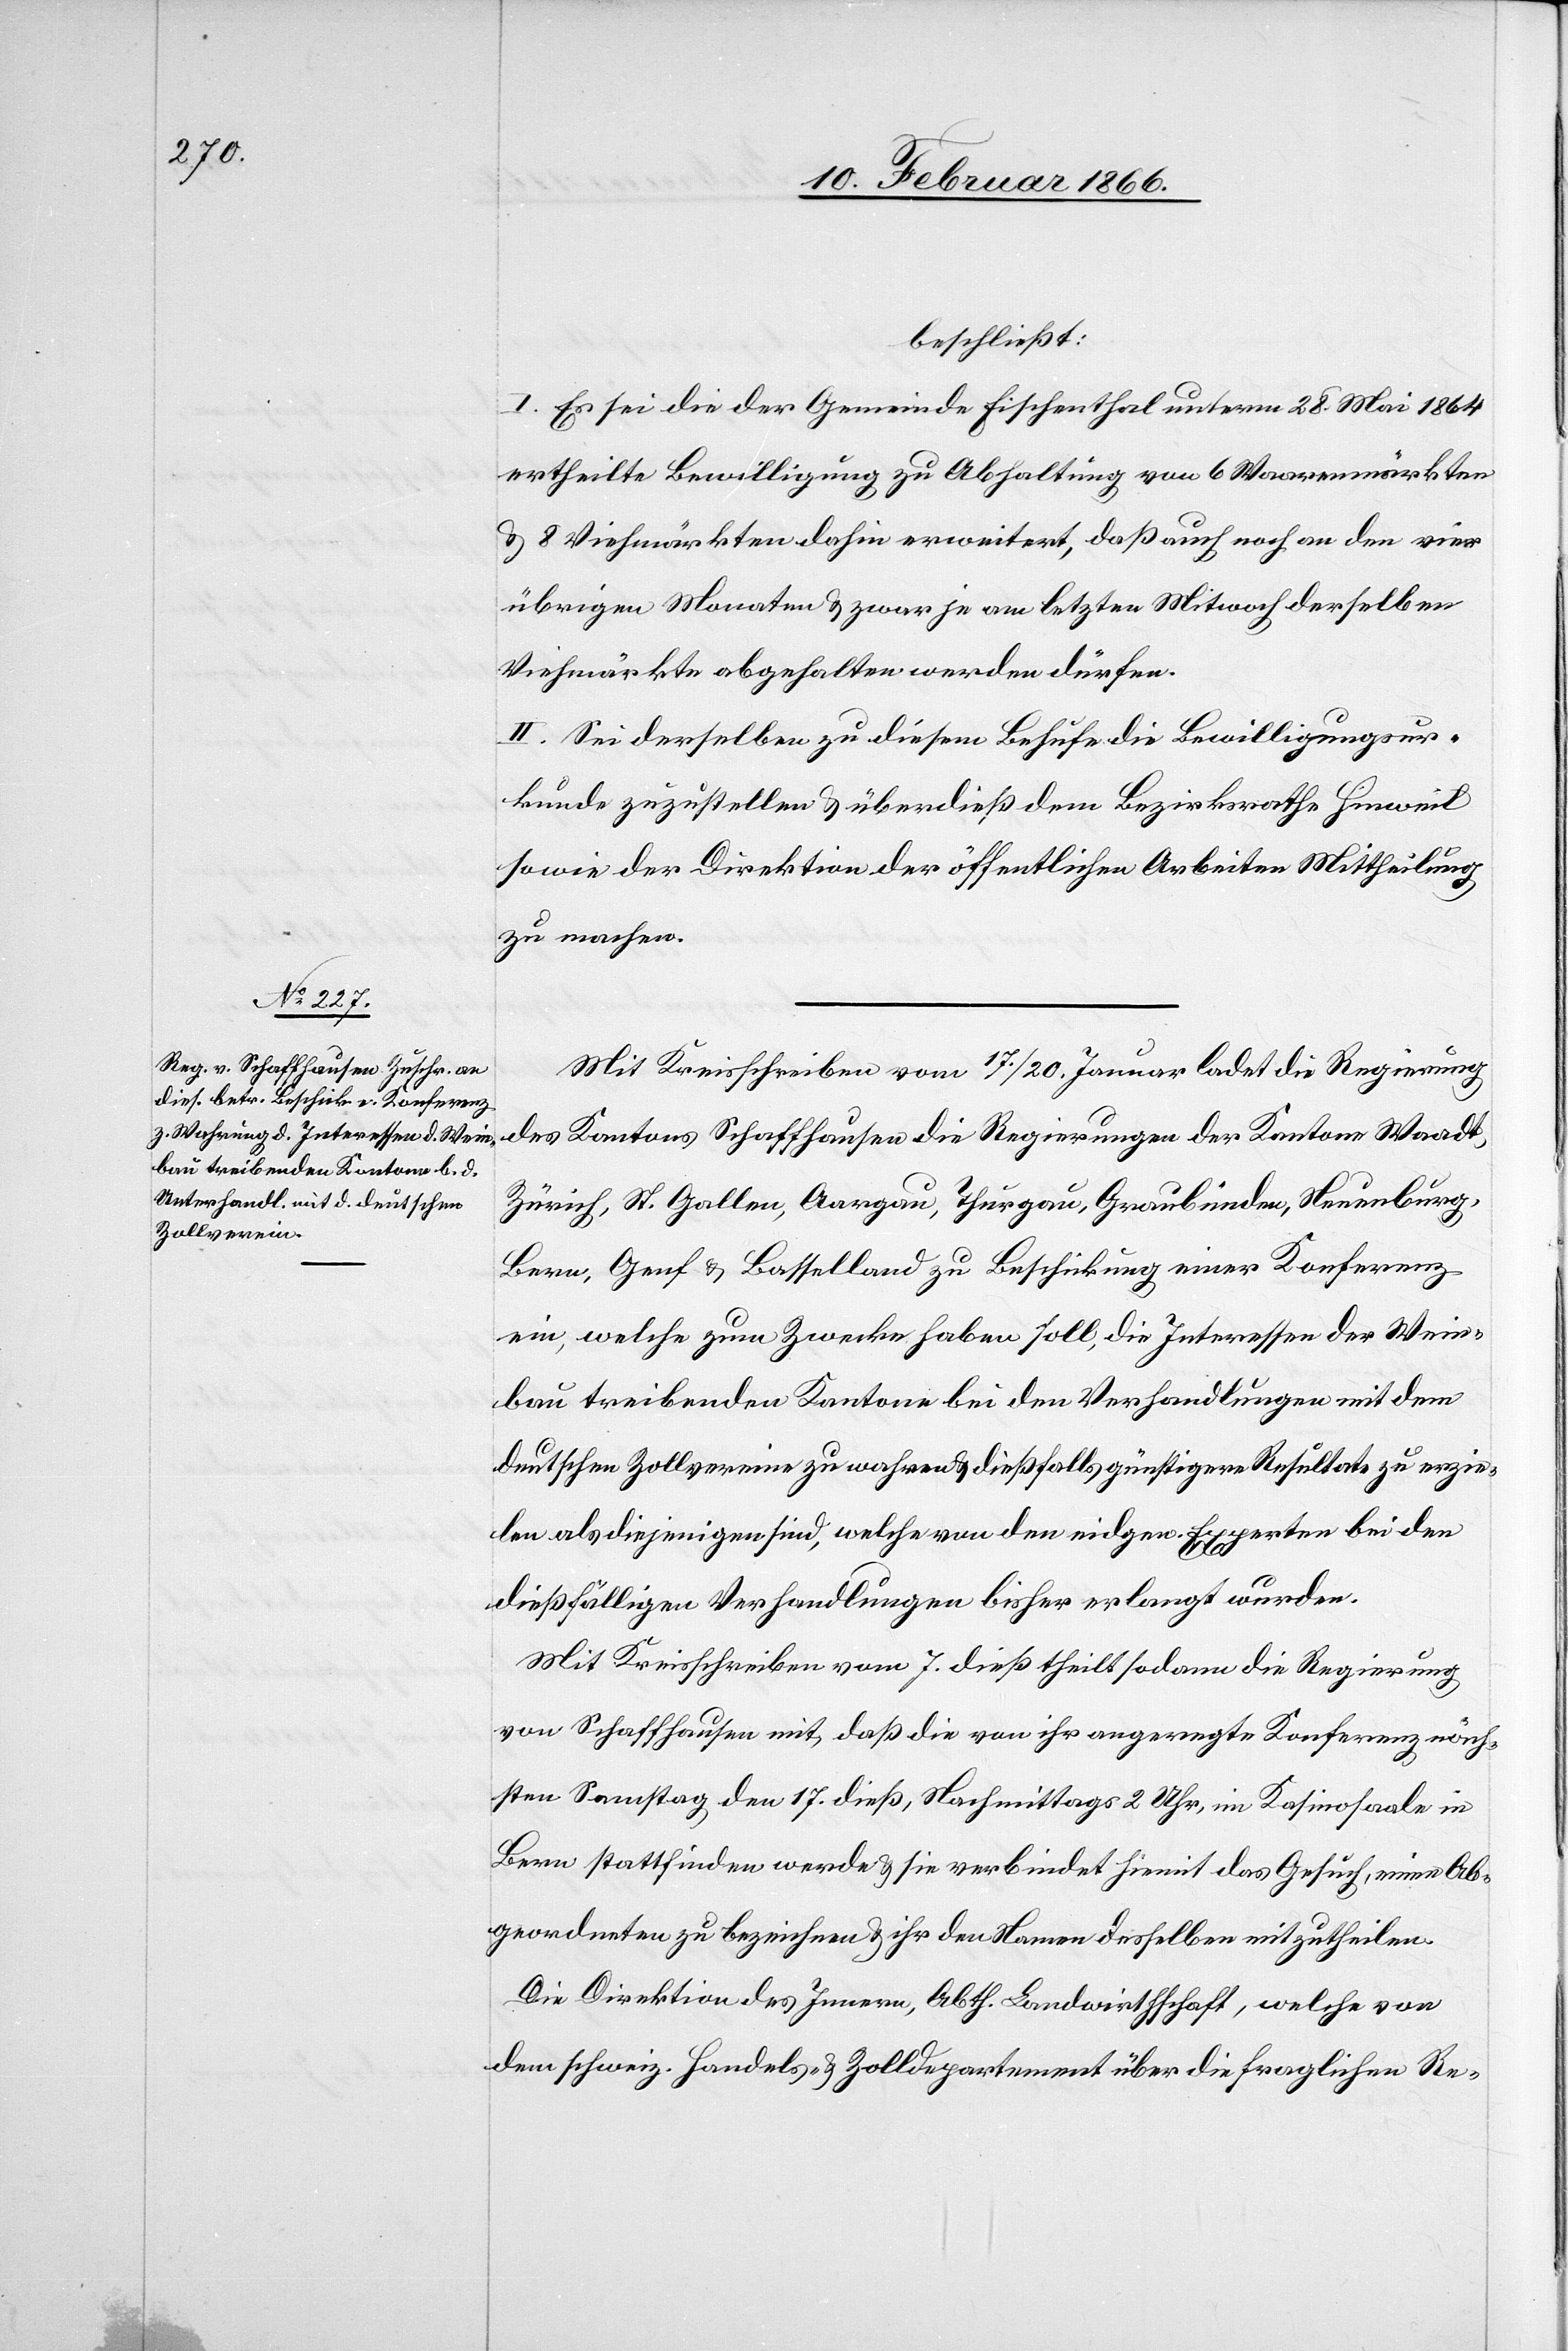
beschließt:
I. Es sei die der Gemeinde Fischenthal unterm 28. Mai 1864
ertheilte Bewilligung zu Abhaltung von 6 Waarenmärkten
u. 8 Viehmärkten dahin erweitert, daß auch noch an den vier
übrigen Monaten u. zwar je am letzten Mitwoch derselben
Viehmärkte abgehalten werden dürfen.
II. Sei derselben zu diesem Behufe die Bewilligungsur¬
kunde zuzustellen u. überdieß dem Bezirksrathe Hinweil
sowie der Direktion der öffentlichen Arbeiten Mittheilung
zu machen.
Mit Kreisschreiben vom 17./20. Januar ladet die Regierung
Zürich, St. Gallen, Aargau, Thurgau, Graubünden, Neuenburg,
Bern, Genf u. Baselland zu Beschickung einer Konferenz
ein, welche zum Zwecke haben soll, die Interessen der Wein¬
bau treibenden Kantone bei den Verhandlungen mit dem
deutschen Zollvereine zu wahren u. dießfalls günstigere Resultate zu erzie¬
len als diejenigen sind, welche von dem eidgen. Experten bei den
dießfälligen Verhandlungen bisher erlangt worden
Mit Kreisschreiben vom 7. dieß theilt sodann die Regierung
von Schaffhausen mit, daß die von ihr angeregte Konferenz näch¬
sten Samstag, den 17. dieß, Nachmittags 2 Uhr, im Kasinosaale in
Bern stattfinden werde u. sie verbindet hiemit das Gesuch, einen Ab¬
geordneten zu bezeichnen u. ihr den Namen desselben mitzutheilen.
Die Direktion des Innern, Abth. Landwirthschaft, welche von
dem schweiz. Handels- u. Zolldepartement über die fraglichen Re-